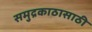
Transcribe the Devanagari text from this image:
समुद्रकाठासाठी